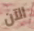
الآن